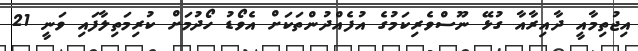
އިޖުތިމާއީ ދާއިރާއާ ގުޅޭ ނޫސްވެރިކަމުގެ އުފެއްދުންތަކަށް އެވޯޑު ހޯދުމަށް ކުރިމަތިލާފައި ވަނީ 21